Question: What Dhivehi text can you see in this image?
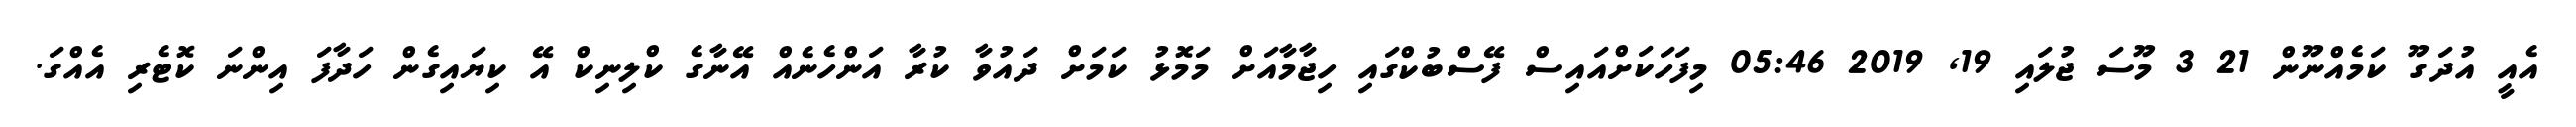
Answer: އެއީ އުދަގޫ ކަމެއްނޫން 21 3 މޫސަ ޖުލައި 19, 2019 05:46 މިފަހަކަށްއައިސް ފޭސްބުކްގައި ހިޖާމާއަށް މަމޮޅު ކަމަށް ދައުވާ ކުރާ އަންހެނެއް އޭނާގެ ކްލިނިކް އޭ ކިޔައިގެން ހަދާފަ އިންނަ ކޮޓެރި އެއްގަ.